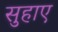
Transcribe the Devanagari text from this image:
सुहाए